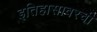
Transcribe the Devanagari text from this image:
इतिहासावरची